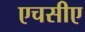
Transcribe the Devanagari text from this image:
एचसीए